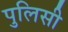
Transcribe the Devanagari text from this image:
पुलिसी